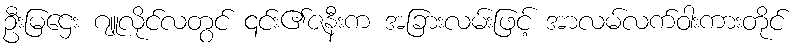
ဦးမြဌေး ဂျူလိုင်လတွင် ၎င်း၏ဇနီးက အခြားလမ်းဖြင့် အာလမ်လက်ဝါးကားတိုင်